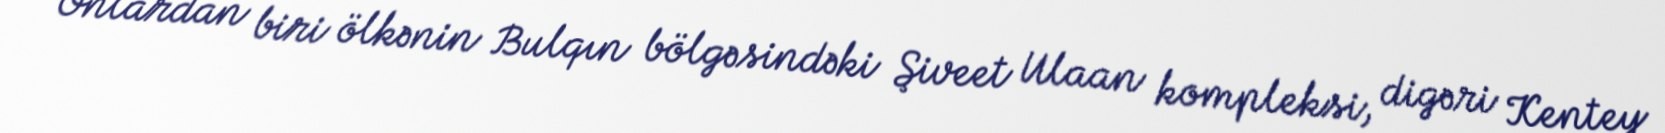
Onlardan biri ölkənin Bulqın bölgəsindəki Şiveet Ulaan kompleksi, digəri Kentey